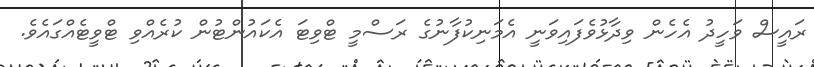
ރައީސް ވަހީދު އެހެން ވިދާޅުވެފައިވަނީ އެމަނިކުފާނުގެ ރަސްމީ ޓްވިޓަ އެކައުންޓުން ކުރެއްވި ޓްވީޓެއްގައެވެ.